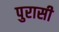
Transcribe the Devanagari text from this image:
पुरासी